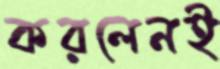
করলেনই